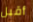
أقبل